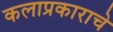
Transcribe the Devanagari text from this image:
कलाप्रकाराचे